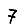
Digit: 7